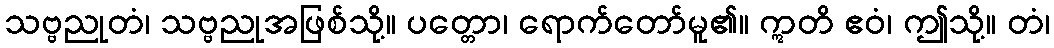
သဗ္ဗညုတံ၊ သဗ္ဗညုအဖြစ်သို့။ ပတ္တော၊ ရောက်တော်မူ၏။ ဣတိ ဧဝံ၊ ဤသို့။ တံ၊